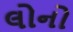
લોનો